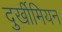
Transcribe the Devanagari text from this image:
दुर्खीमियन